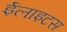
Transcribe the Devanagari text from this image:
ईलाइटस